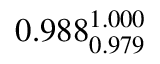
0 . 9 8 8 _ { 0 . 9 7 9 } ^ { 1 . 0 0 0 }